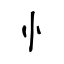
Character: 忄